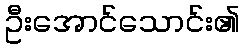
ဦးအောင်သောင်း၏